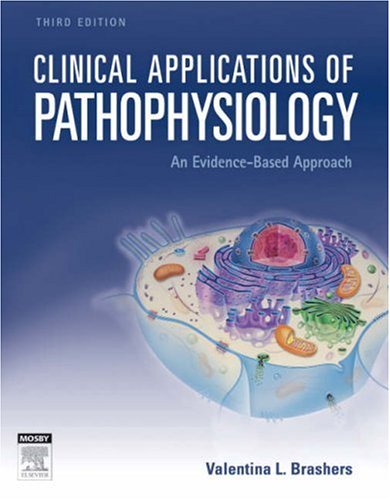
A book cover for Clinical Applications of Pathophysiology: An Evidence-Based Approach, 3e; Valentina L. Brashers MD; Medical Books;